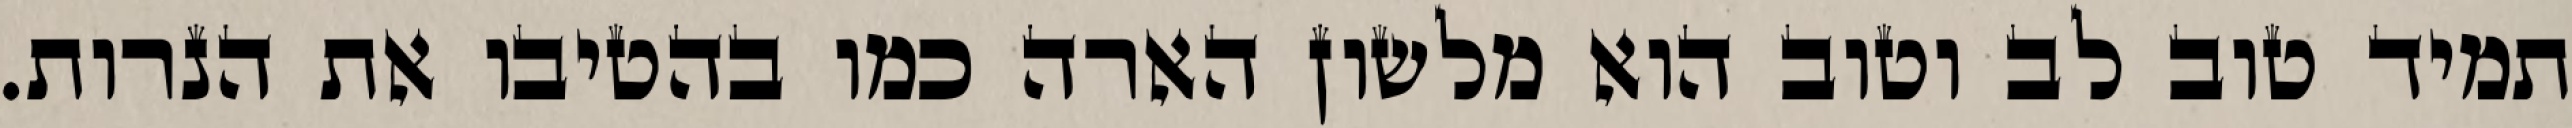
תמיד טוב לב וטוב הוא מלשון הארה כמו בהטיבו את הנרות.